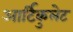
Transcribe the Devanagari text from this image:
आर्टिकुलेट